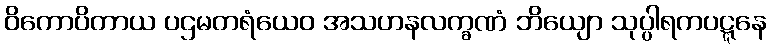
ဝိကောပိတာယ ပဌမတရံယေဝ အသဟနလက္ခဏံ ဘိယျော သုပ္ပါရကပဋ္ဋနေ